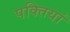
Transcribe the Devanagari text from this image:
पक्तियां